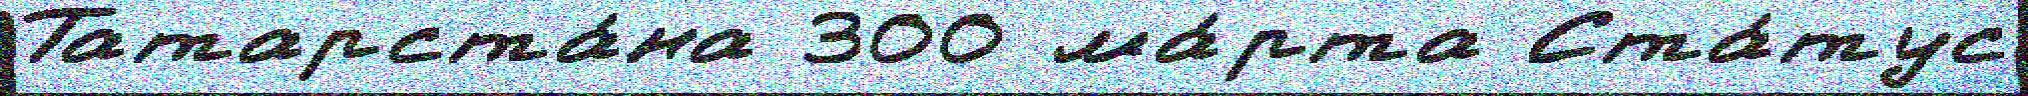
Татарста́на 300 ма́рта Ста́тус